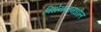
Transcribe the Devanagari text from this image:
विधेयनांमधील